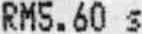
RM5.60 S